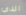
الذي